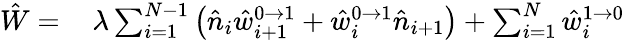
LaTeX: \begin{array}{rl}{\hat{W}=}&{{}\, \lambda\sum_{i=1}^{N-1}\left(\hat{n}_{i}\hat{w}_{i+1}^{0\to 1}+\hat{w}_{i}^{0\to 1}\hat{n}_{i+1}\right)+\sum_{i=1}^{N}\hat{w}_{i}^{1\to 0}}\end{array}